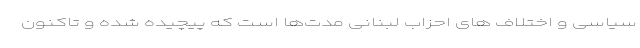
سیاسی و اختلاف های احزاب لبنانی مدت‌ها است که پیچیده شده و تاکنون